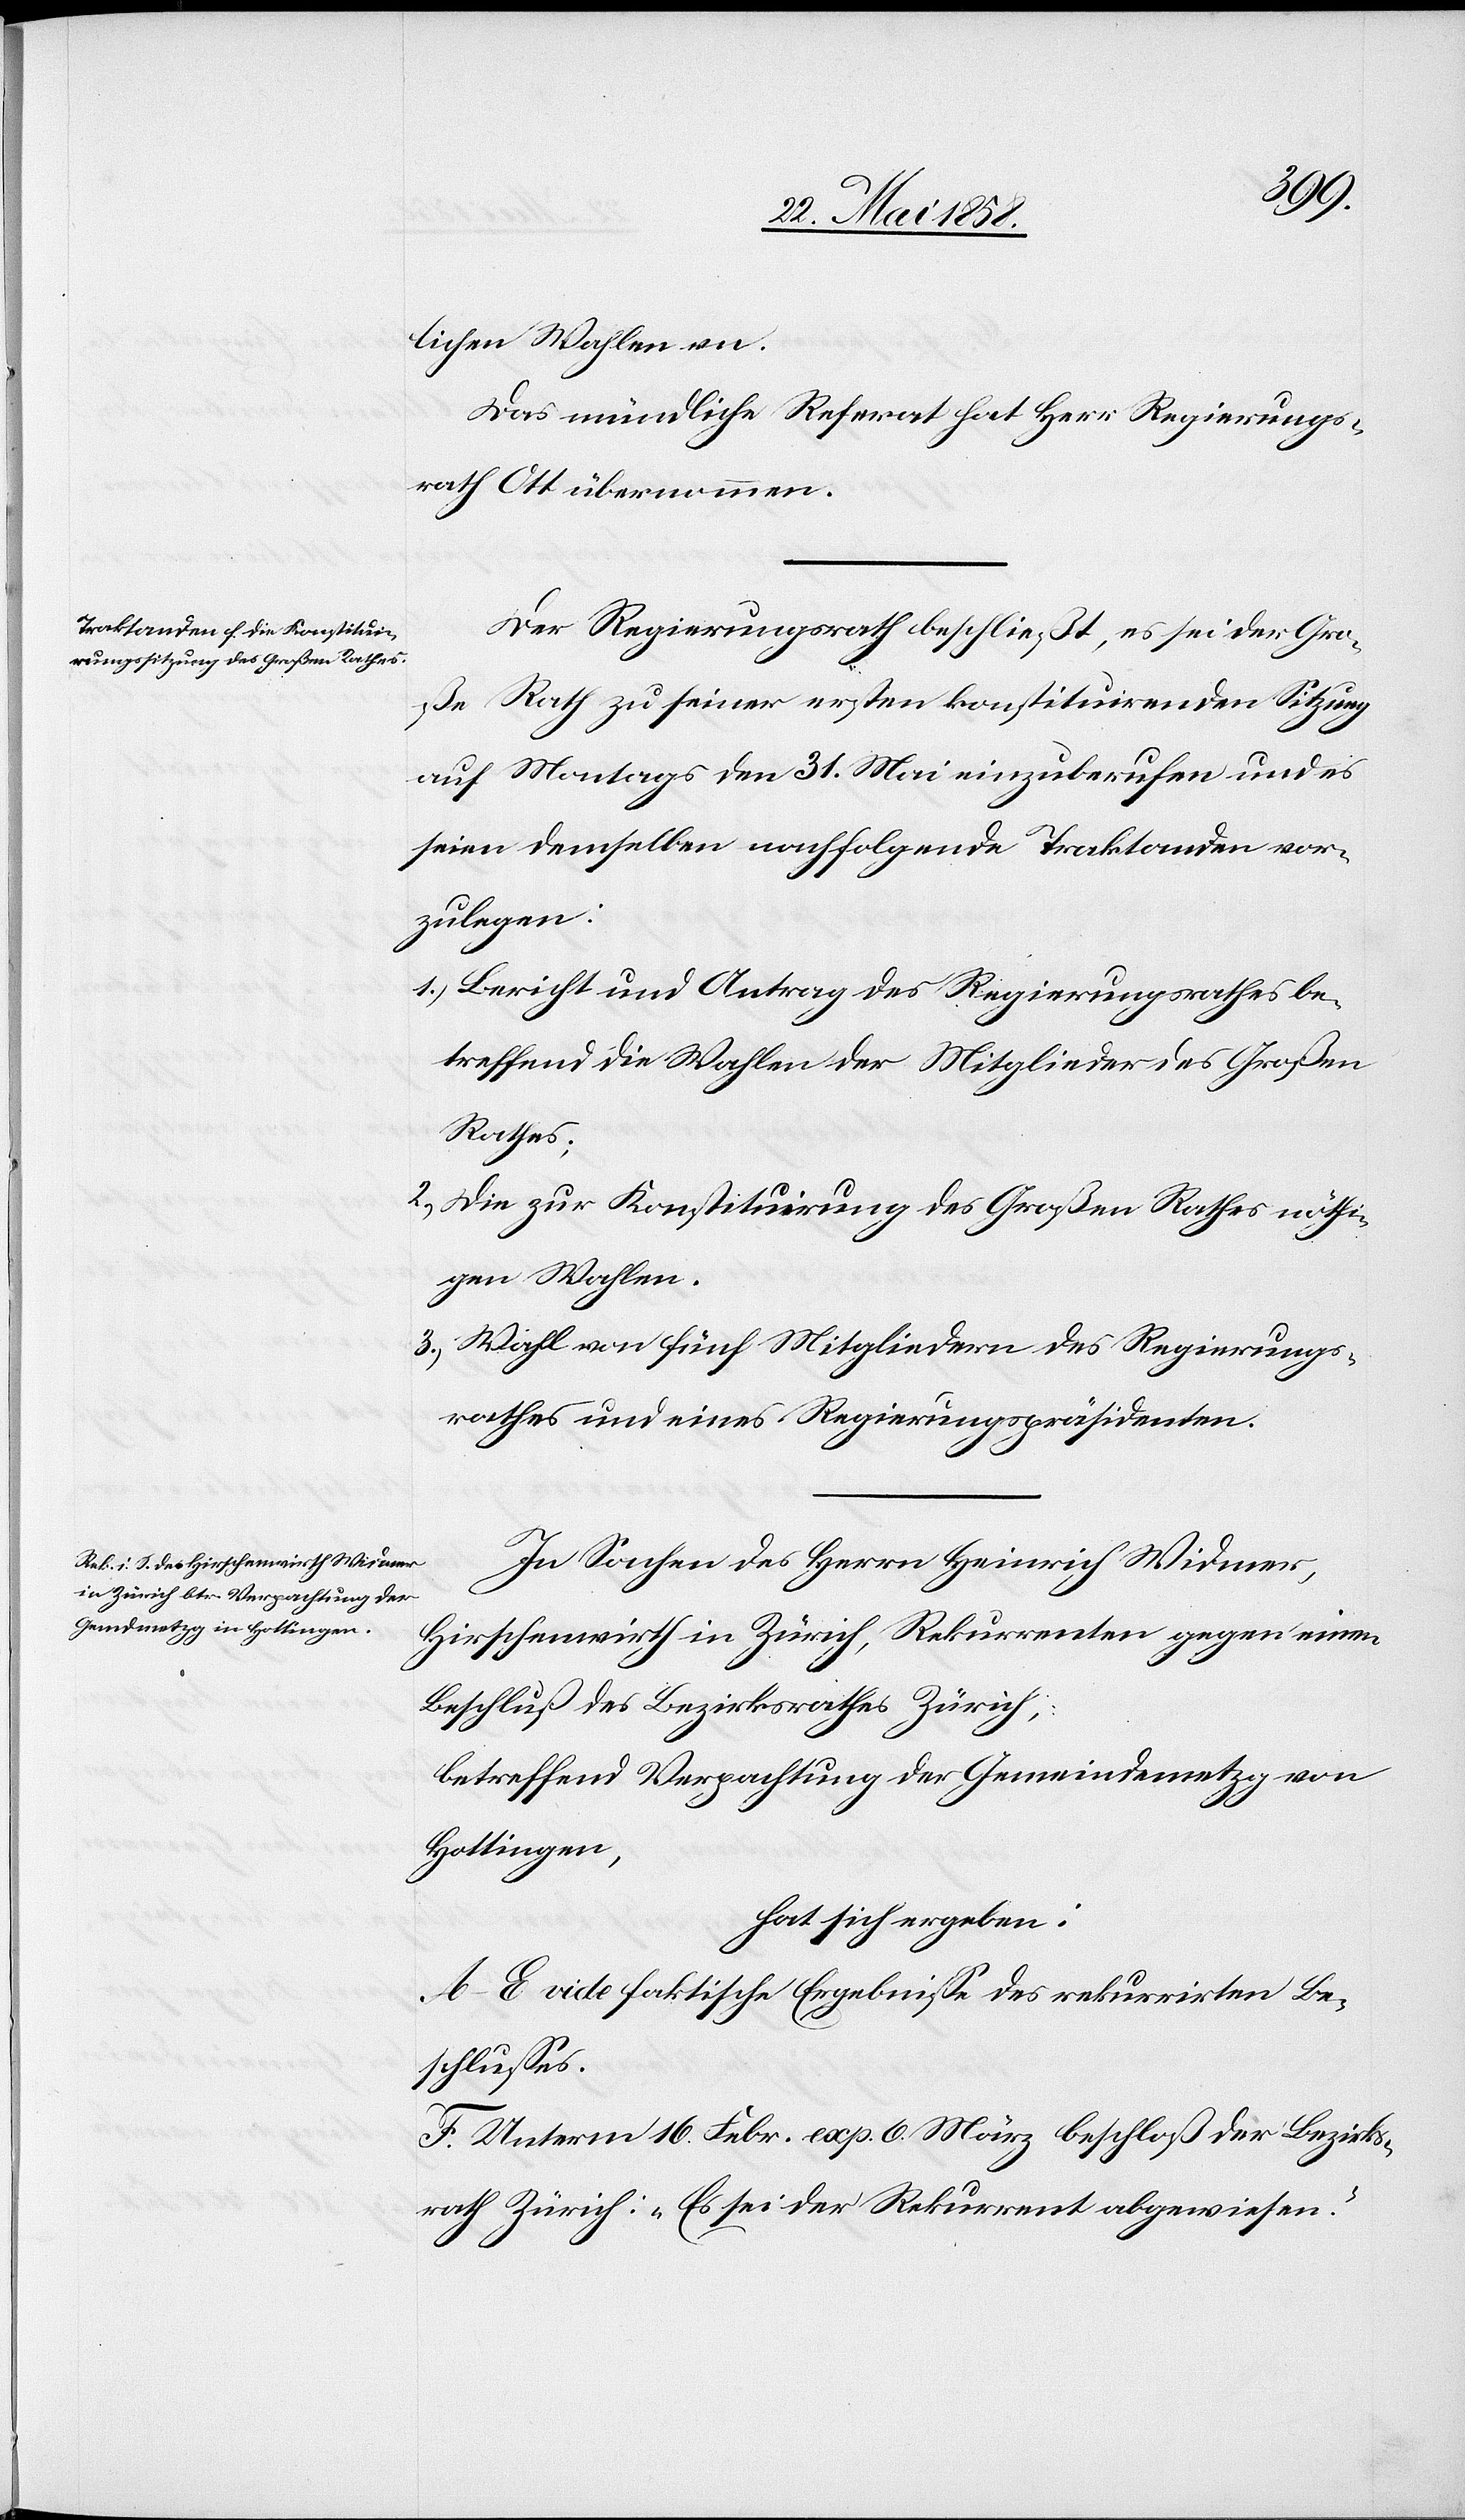
lichen Wahlen an.
Das mündliche Referat hat Herr Regierungs¬
rath Ott übernommen.
Der Regierungsrath beschließt, es sei der Gro¬
ße Rath zu seiner ersten konstituirenden Sitzung
auf Montags den 31. Mai einzuberufen und es
seien demselben nachfolgende Traktanden vor¬
zulegen:
1. Bericht und Antrag des Regierungsrathes be¬
treffend die Wahlen der Mitglieder des Großen
Rathes;
2. Die zur Konstituirung des Großen Rathes nöthi¬
gen Wahlen.
3. Wahl von fünf Mitgliedern des Regierungs¬
rathes und eines Regierungspräsidenten.
In Sachen des Herrn Heinrich Widmer,
Hirschenwirth in Zürich, Rekurrenten gegen einen
Beschluß des Bezirksrathes Zürich,
betreffend Verpachtung der Gemeindemetzg von
Hottingen,
hat sich ergeben:
A–E vide faktische Ergebnisse des rekurrirten Be¬
schlusses.
F. Unterm 16. Febr. exp. 6. März beschloß der Bezirks¬
rath Zürich: „Es sei der Rekurrent abgewiesen.“